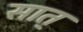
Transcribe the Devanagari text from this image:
सात्